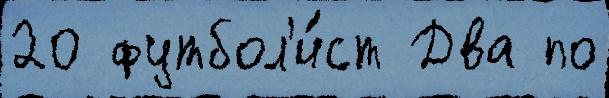
20 футбол'и́ст Два по